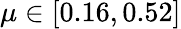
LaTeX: \mu\in[0.16,0.52]